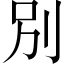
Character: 別